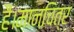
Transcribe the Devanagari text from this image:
हैं।मानचित्र